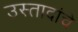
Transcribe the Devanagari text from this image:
उस्तादांचे